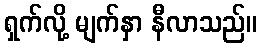
ရှက်လို့ မျက်နှာ နီလာသည်။